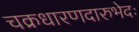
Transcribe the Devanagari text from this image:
चक्रधारणदारुभेदः